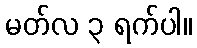
မတ်လ ၃ ရက်ပါ။